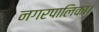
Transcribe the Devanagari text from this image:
नगरपालिका।